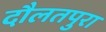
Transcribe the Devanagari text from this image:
दौलतपुरा